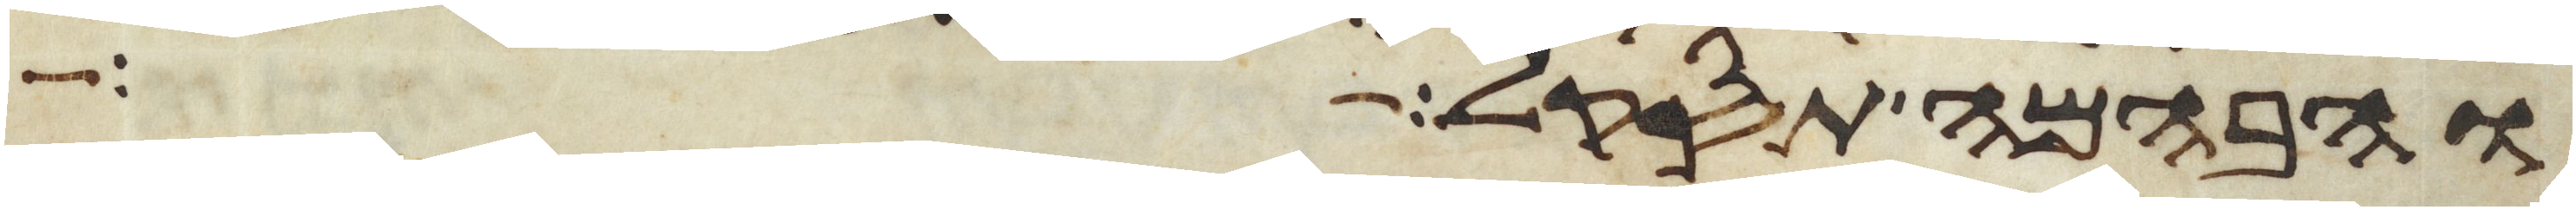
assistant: והבהמה תסקל